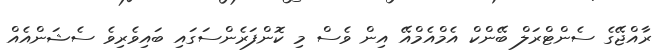
ރާއްޖޭގެ ސެންޓްރަލް ބޭންކް އެމްއެމްއޭ އިން ވެސް މި ކޮންފަރެންސަގައި ބައިވެރިވެ ސެޝަންއެއް